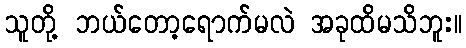
သူတို့ ဘယ်တော့ရောက်မလဲ အခုထိမသိဘူး။